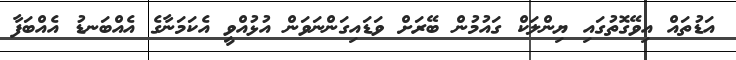
އަޑުތައް އިވޭގޮތުގައި ޔިންލަކް ގައުމުން ބޭރަށް ވަޑައިގަންނަވަން އުޅުއްވީ އެކަމަނާގެ އެއްބަނޑު އެއްބަފާ